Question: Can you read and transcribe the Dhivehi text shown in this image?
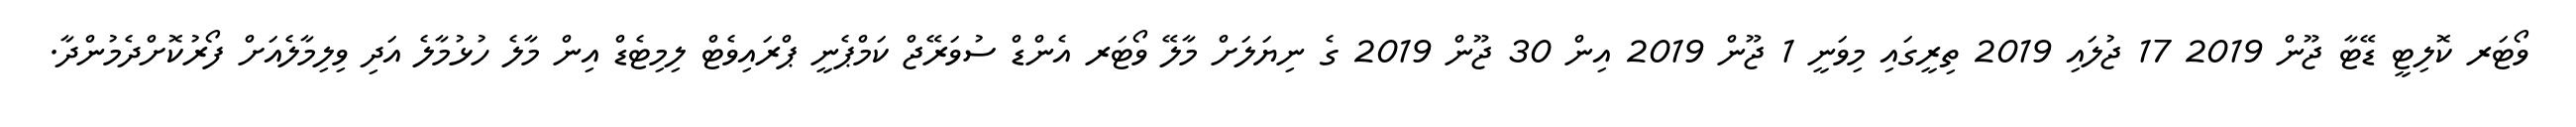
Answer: ވޯޓަރ ކޮލިޓީ ޑޭޓާ ޖޫން 2019 17 ޖުލައި 2019 ތިރީގައި މިވަނީ 1 ޖޫން 2019 އިން 30 ޖޫން 2019 ގެ ނިޔަލަށް މާލޭ ވޯޓަރ އެންޑް ސުވަރޭޖް ކަމްޕެނީ ޕްރައިވެޓް ލިމިޓެޑް އިން މާލެ ހުޅުމާލެ އަދި ވިލިމާލެއަށް ފޯރުކޮށްދެމުންދާ.